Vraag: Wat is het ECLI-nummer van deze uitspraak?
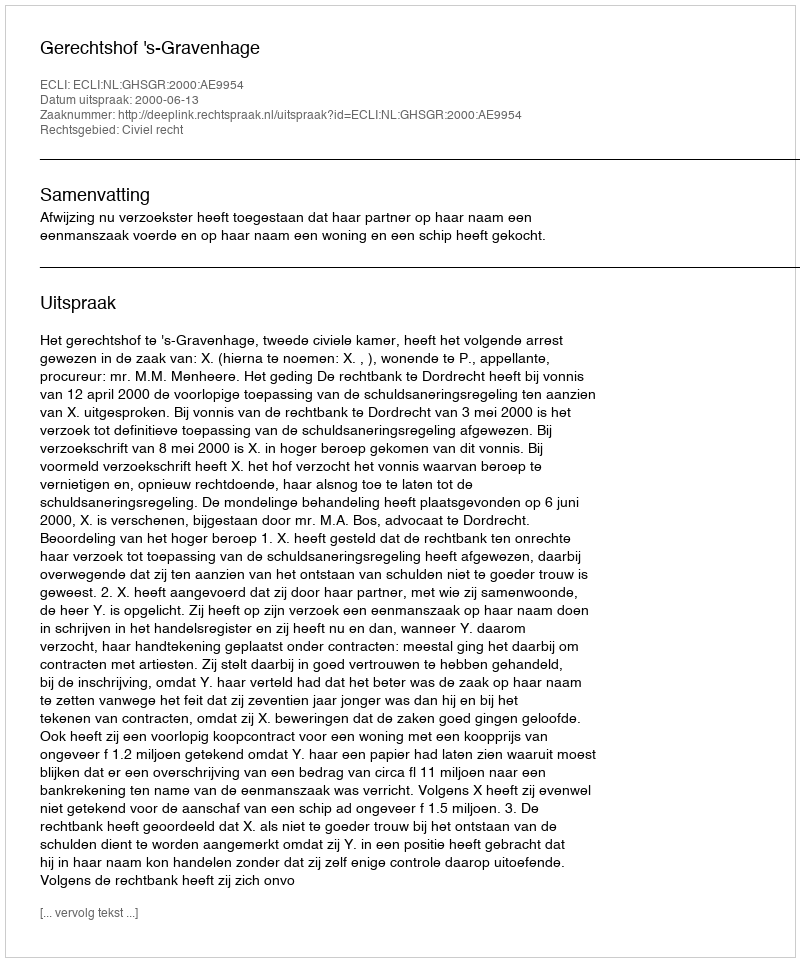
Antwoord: ECLI:NL:GHSGR:2000:AE9954